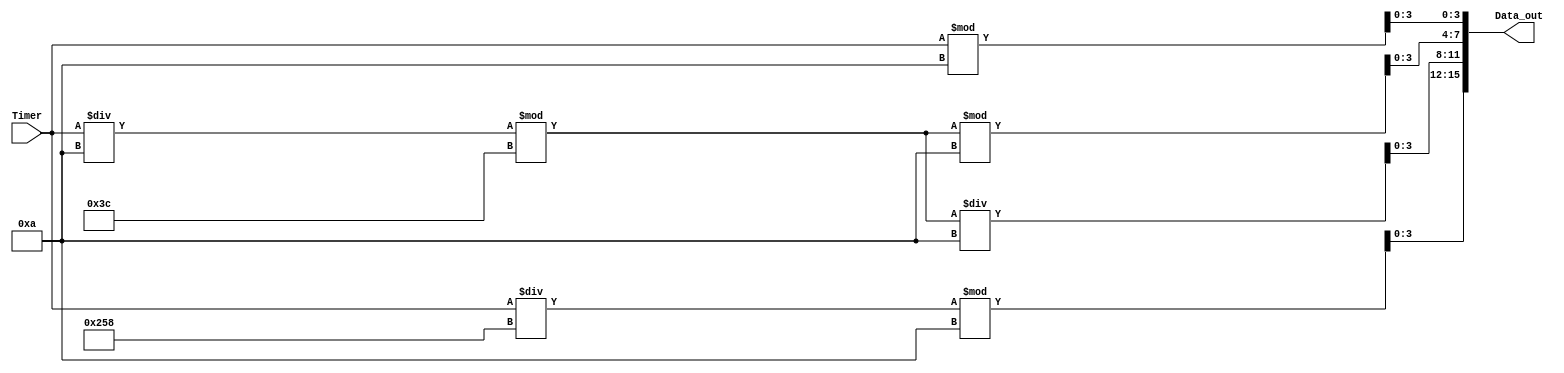
module Timer2bcd(Timer,Data_out);
input [13:0] Timer;               
output reg [15:0] Data_out=0;     

always @(Timer)
begin
  Data_out[15:12]<=(Timer/600)%10; //  
  Data_out[11:8]<=(Timer/10%60)/10; // 
  Data_out[7:4]<=(Timer/10%60)%10; // 
  Data_out[3:0]<=Timer%10;// 0.1s
end

endmodule